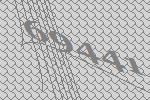
69441